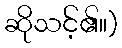
ဆိုသင့်၏။)